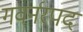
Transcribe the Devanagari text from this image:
गवर्नरपद